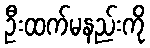
ဦးထက်မနည်းကို